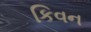
કિવન